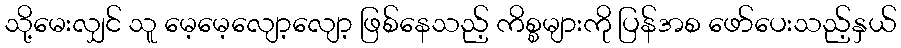
သို့မေးလျှင် သူ မေ့မေ့လျော့လျော့ ဖြစ်နေသည့် ကိစ္စများကို ပြန်အစ ဖော်ပေးသည့်နှယ်